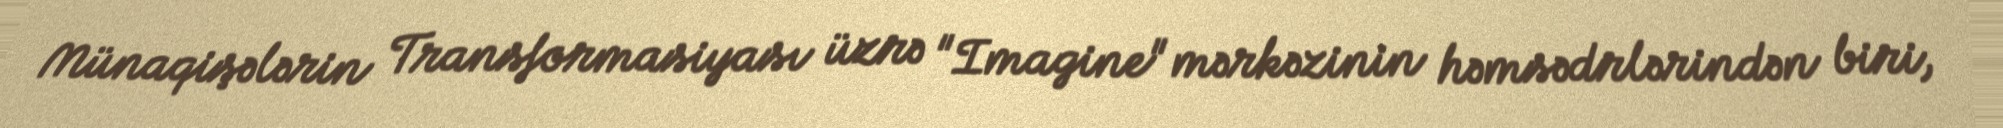
Münaqişələrin Transformasiyası üzrə "Imagine" mərkəzinin həmsədrlərindən biri,